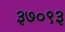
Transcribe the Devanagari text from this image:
३७०९३